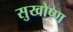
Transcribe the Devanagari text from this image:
सुखोष्ण